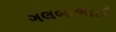
ગલબાભાઈ